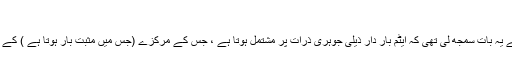
ضد مادّہ کی پیداوار اور اس کی کیمیا
بیسویں صدی کے نقطہ آغاز سے ہی ، طبیعیات دانوں نے یہ بات سمجھ لی تھی کہ ایٹم بار دار ذیلی جوہری ذرّات پر مشتمل ہوتا ہے ، جس کے مرکزے (جس میں مثبت بار ہوتا ہے ) کے گرد الیکٹران (منفی بار کے ساتھ ) چکر لگا رہا ہوتا ہے۔